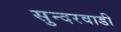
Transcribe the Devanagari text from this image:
सुन्दरवाडी